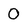
Character: 0